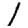
Digit: 1